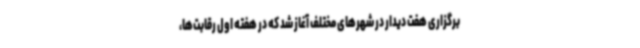
برگزاری هفت دیدار در شهرهای مختلف آغاز شد که در هفته اول رقابت‌ها،